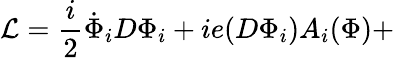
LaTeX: {\cal{L}}=\frac{i}{2}\dot{\Phi}_{i}D\Phi_{i}+ie(D\Phi_{i})A_{i}(\Phi)+